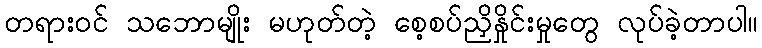
တရားဝင် သဘောမျိုး မဟုတ်တဲ့ စေ့စပ်ညှိနှိုင်းမှုတွေ လုပ်ခဲ့တာပါ။